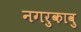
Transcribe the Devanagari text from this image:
नगरुकावु